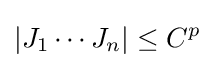
|J_{1}\cdots J_{n}|\leq C^{p}